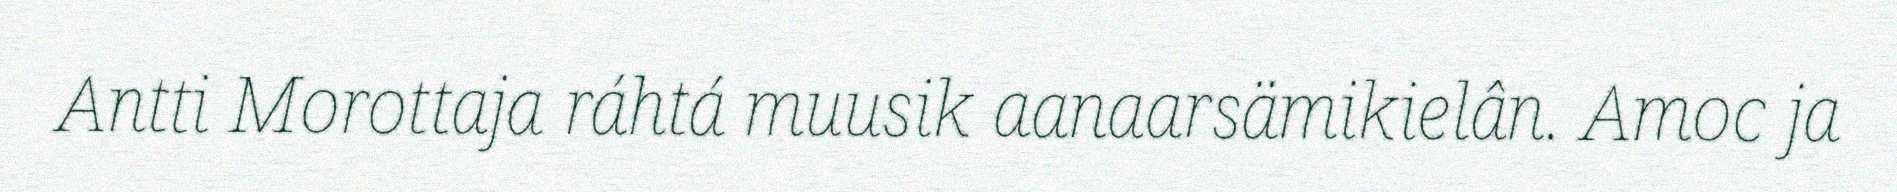
Antti Morottaja ráhtá muusik aanaarsämikielân. Amoc ja